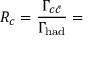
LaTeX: R _ { c } = { \frac { \Gamma _ { c \bar { c } } } { \Gamma _ { \mathrm { h a d } } } } =